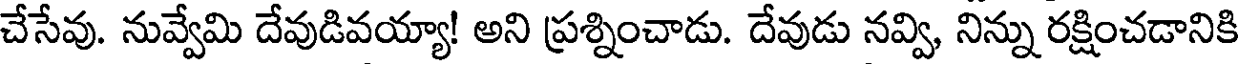
చేసేవు. నువ్వేమి దేవుడివయ్యా! అని ప్రశ్నించాడు. దేవుడు నవ్వి, నిన్ను రక్షించడానికి